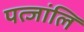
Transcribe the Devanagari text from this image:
पत्जांलि